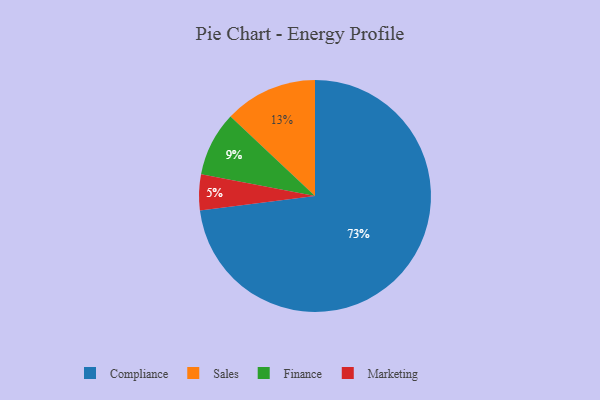
{"axis": {"x": "Category", "y": "Percentage"}, "legend": ["Compliance", "Finance", "Marketing", "Sales"], "data": [{"x": "Sales", "y": 13, "type": "Sales"}, {"x": "Marketing", "y": 5, "type": "Marketing"}, {"x": "Finance", "y": 9, "type": "Finance"}, {"x": "Compliance", "y": 73, "type": "Compliance"}]}